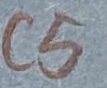
Text: C5